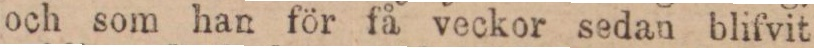
och som han för få veckor sedan blifvit